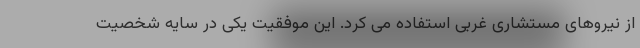
از نیروهای مستشاری غربی استفاده می کرد. این موفقیت یکی در سایه شخصیت